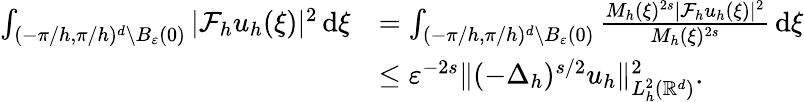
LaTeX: \begin{array}{rl}{\int_{(-\pi/h,\pi/h)^{d}\setminus B_{\varepsilon}(0)}|\mathcal{F}_{h}{u}_{h}(\xi)|^{2}\, \mathrm{d}\xi}&{=\int_{(-\pi/h,\pi/h)^{d}\setminus B_{\varepsilon}(0)}\frac{M_{h}(\xi)^{2s}|\mathcal{F}_{h}{u}_{h}(\xi)|^{2}}{M_{h}(\xi)^{2s}}\, \mathrm{d}\xi}\\ &{\leq\varepsilon^{-2s}\| (-\Delta_{h})^{s/2}u_{h}\| _{L_{h}^{2}(\mathbb{R}^{d})}^{2}.}\end{array}